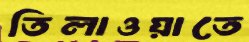
তিলাওয়াতে